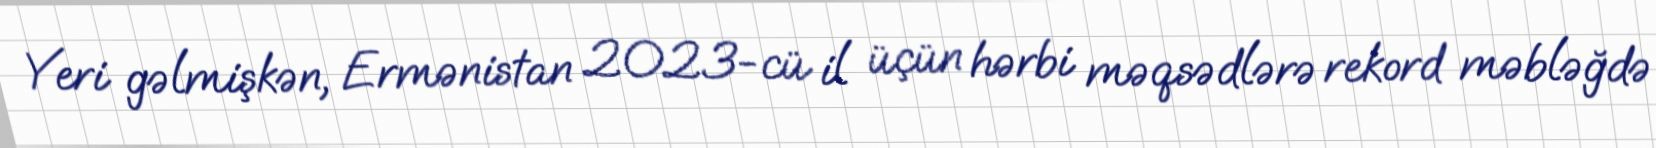
Yeri gəlmişkən, Ermənistan 2023-cü il üçün hərbi məqsədlərə rekord məbləğdə